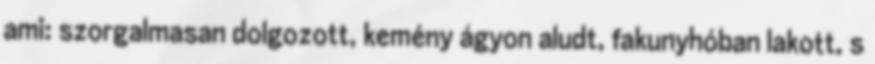
ami: szorgalmasan dolgozott, kemény ágyon aludt, fakunyhóban lakott, s